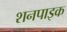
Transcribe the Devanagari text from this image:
शनपाइक